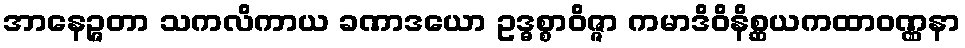
အာနေဉ္ဇတာ သကလိကာယ ခဏာဒယော ဥဒ္ဓစ္စာဝိဇ္ဇာ ကမာဒိဝိနိစ္ဆယကထာဝဏ္ဏနာ